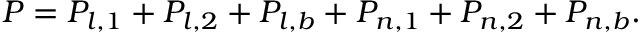
\begin{array} { r } { P = P _ { l , 1 } + P _ { l , 2 } + P _ { l , b } + P _ { n , 1 } + P _ { n , 2 } + P _ { n , b } . } \end{array}